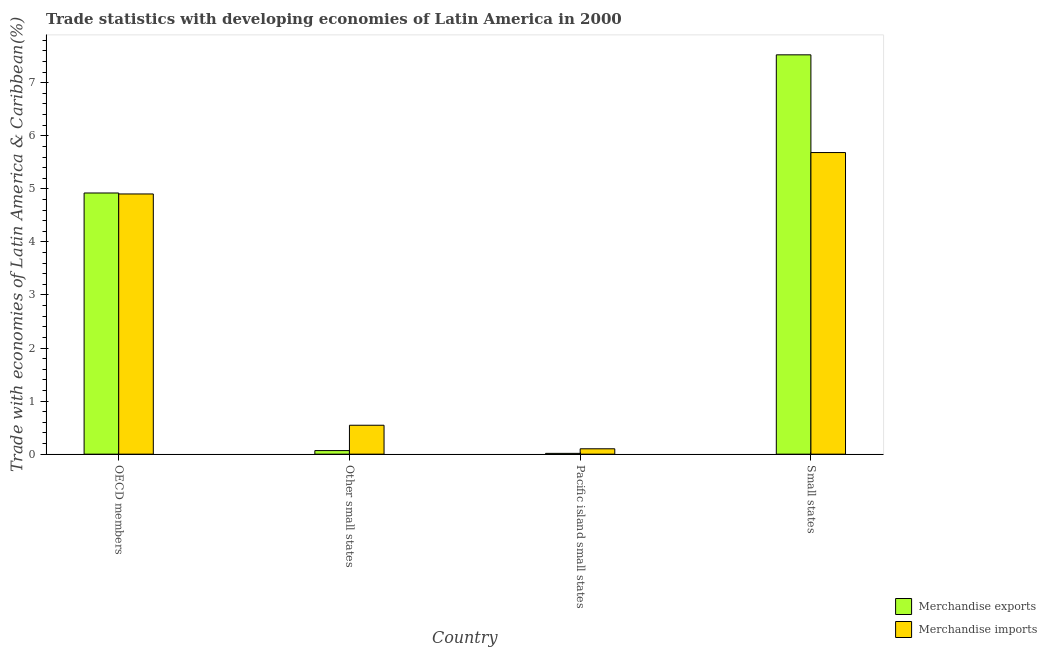
| Country | Merchandise exports | Merchandise imports |
 | --- | --- | --- |
 | OECD members | 4.92 | 4.9 |
 | Other small states | 0.0675 | 0.545 |
 | Pacific island small states | 0.015 | 0.101 |
 | Small states | 7.53 | 5.68 |